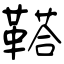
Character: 鞳